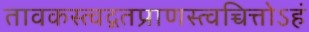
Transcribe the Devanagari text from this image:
तावकस्त्वद्गतप्राणस्त्वच्चित्तोऽहं